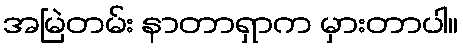
အမြဲတမ်း နာတာရှာက မှားတာပါ။